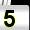
Digit: 5